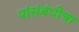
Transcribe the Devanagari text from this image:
यांसंबंधीचा